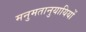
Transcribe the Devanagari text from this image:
मनुमतानुयायियों